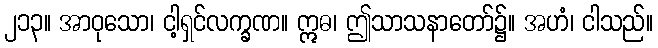
၂၁၃။ အာဝုသော၊ ငါ့ရှင်လက္ခဏ။ ဣဓ၊ ဤသာသနာတော်၌။ အဟံ၊ ငါသည်။